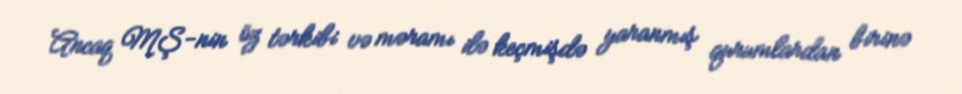
Ancaq MŞ-nin öz tərkibi və məramı ilə keçmişdə yaranmış qurumlardan birinə